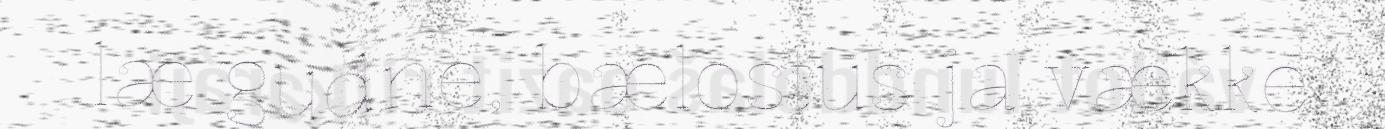
læ gudne, bælostus ja vække